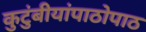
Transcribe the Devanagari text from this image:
कुटुंबीयांपाठोपाठ